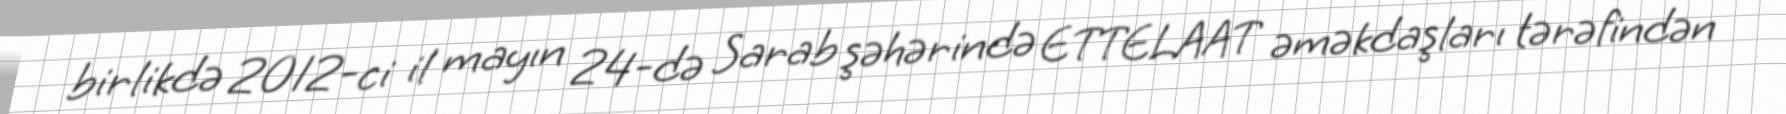
birlikdə 2012-ci il mayın 24-də Sarab şəhərində ETTELAAT əməkdaşları tərəfindən